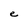
Character: e